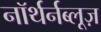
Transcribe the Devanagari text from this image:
नॉर्थर्नब्लूज़